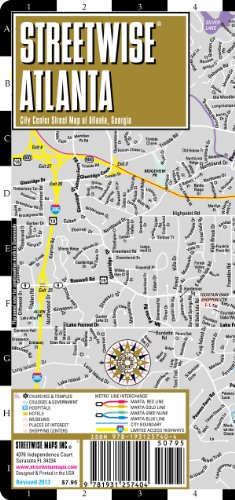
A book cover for Streetwise Atlanta Map - Laminated City Center Street Map of Atlanta, Georgia; Streetwise Maps; Travel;